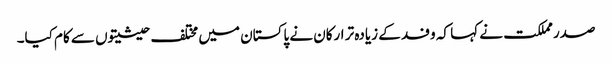
صدر مملکت نے کہا کہ وفد کے زیادہ تر ارکان نے پاکستان میں مختلف حیثیتوں سے کام کیا۔